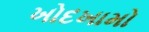
ખોદખામો